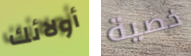
أولائك خصية